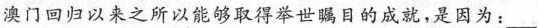
澳门回归以来之所以能够取得举世瞩目的成就，是因为：___